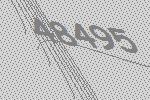
48495